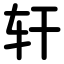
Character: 轩